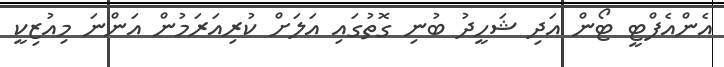
އެންއެފްޓީ ޓޯން އަދި ޝަހީދު ބުނި ގޮތުގައި އަލަށް ކުރިއަރަމުން އަންނަ މިއުޒިކީ